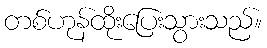
တစ်ဟုန်ထိုးပြေးသွားသည်။